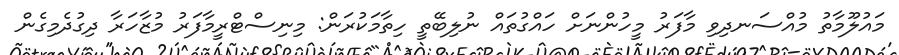
މައުލޫމާތު މުއްސަނދިވި މާފަރު މީހުންނަށް ހައްގުތައް ނުލިބޭތީ ހިތާމަކުރަން: މިނިސްޓްރީމާފަރު މުޒާހަރާ ދިގުދެމިގެން